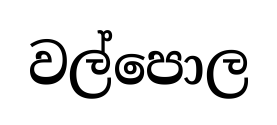
වල්පොල